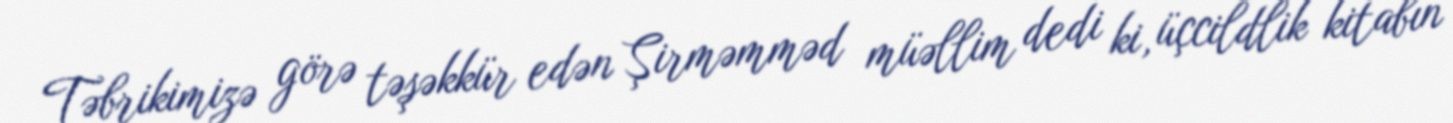
Təbrikimizə görə təşəkkür edən Şirməmməd müəllim dedi ki, üçcildlik kitabın